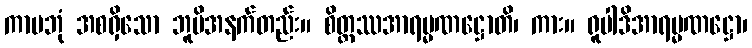
ကာမဘုံ အစရှိသော ဘူမိအနက်တည်း။ စိတ္တဿအာရမ္မဏဋ္ဌောတိ၊ ကား။ ရူပါဒိအာရမ္မဏဋ္ဌော၊